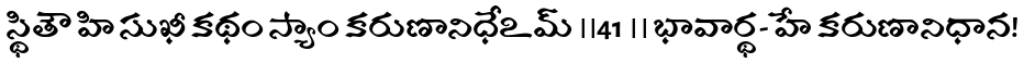
స్థితౌ హి సుఖీ కథం స్యాం కరుణానిధేఽమ్ ।।41 ।। భావార్థ- హే కరుణానిధాన!